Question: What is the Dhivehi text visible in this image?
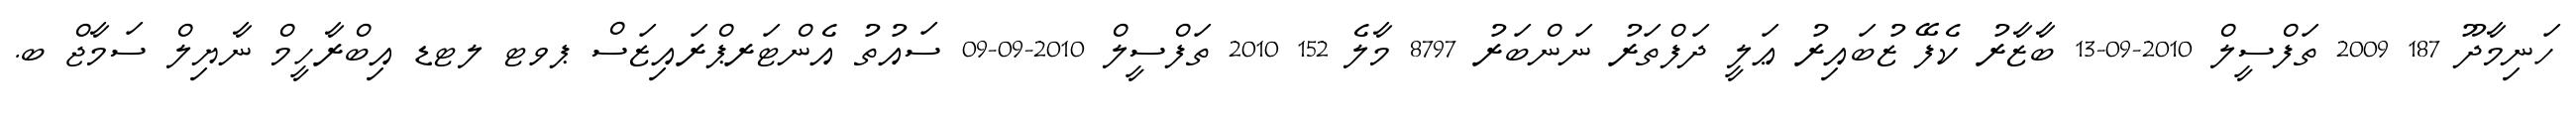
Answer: ހަނިމާދޫ 187 2009 ތަފްސީލް 2010-09-13 ބާޒާރު ކެފޭ ޒުބައިރު ޢަލީ ދަފްތަރު ނަންބަރު 8797 މާލެ 152 2010 ތަފްސީލް 2010-09-09 ސައުތު އެންޓަރޕްރައިޒަސް ޕވޓ ލޓޑ އިބްރާހީމް ނާޔިލް ސަމާޖް ބ.